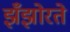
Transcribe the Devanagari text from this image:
झँझोरते